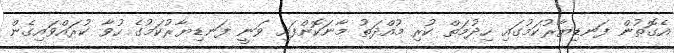
އެގޮތުން ފަނޑިޔާރުކަމުގައި ހިދުމަތް ކުރި މުއްދަތު މާނަކޮށްފައި ވަނީ ފަނޑިޔާރުކަމުގެ ހުވާ ކުރައްވައިގެން